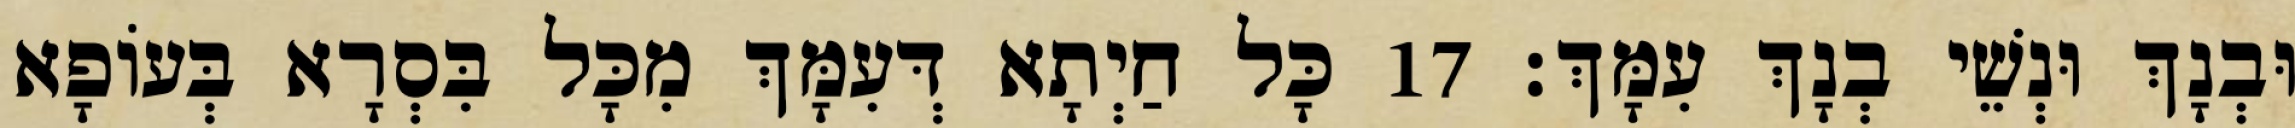
וּבְנָךְ וּנְשֵׁי בְנָךְ עִמָּךְ׃ 17 כָּל חַיְתָא דְּעִמָּךְ מִכָּל בִּסְרָא בְּעוֹפָא